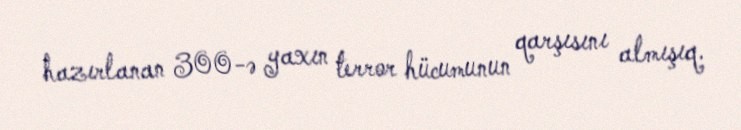
hazırlanan 300-ə yaxın terror hücumunun qarşısını almışıq.